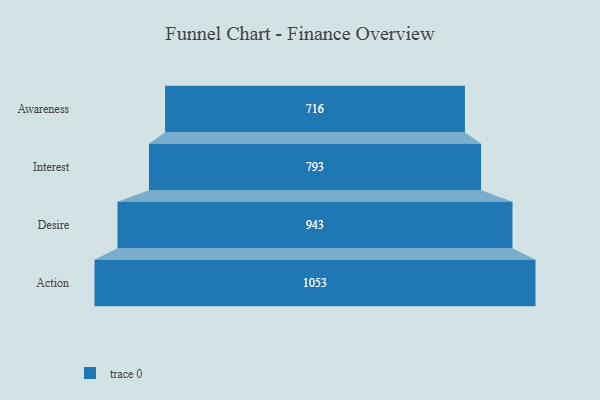
{"axis": {"x": "Stage", "y": "Value"}, "legend": [""], "data": [{"x": "Awareness", "y": 716.0, "type": ""}, {"x": "Interest", "y": 793.0, "type": ""}, {"x": "Desire", "y": 943.0, "type": ""}, {"x": "Action", "y": 1053.0, "type": ""}]}